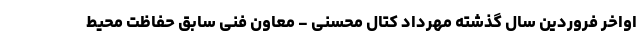
اواخر فروردین سال گذشته مهرداد کتال محسنی - معاون فنی سابق حفاظت محیط